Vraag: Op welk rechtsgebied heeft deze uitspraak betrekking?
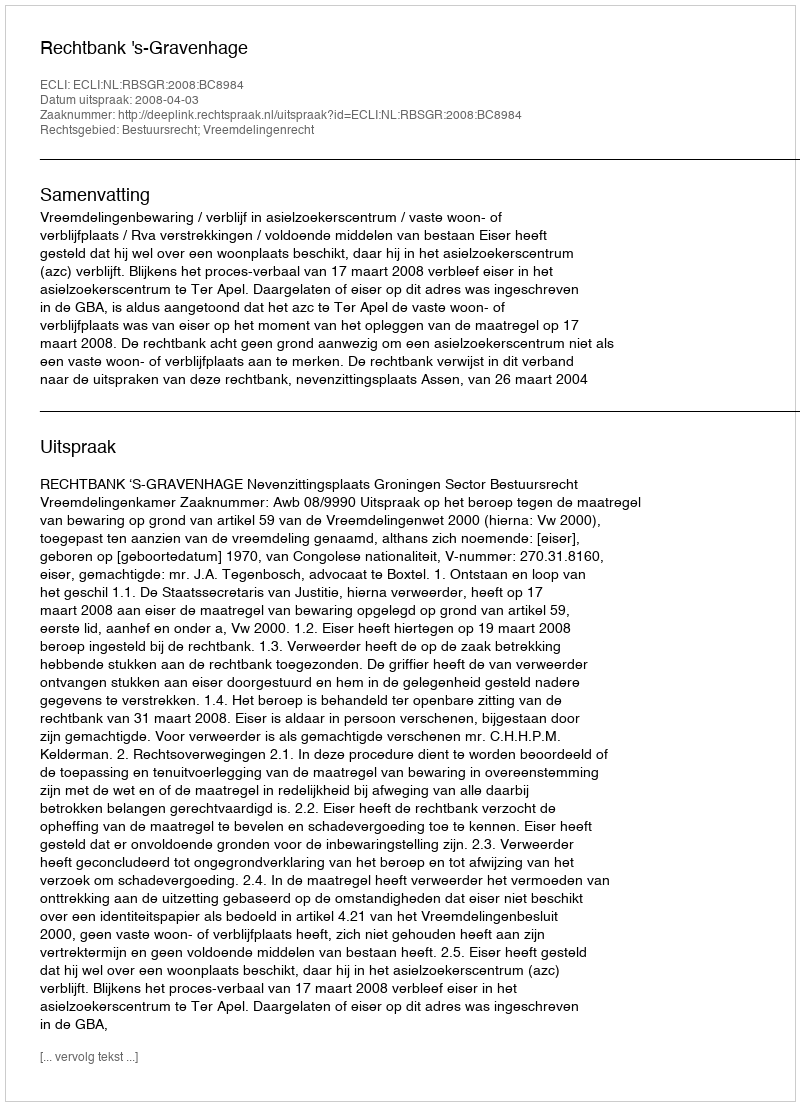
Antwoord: Bestuursrecht; Vreemdelingenrecht